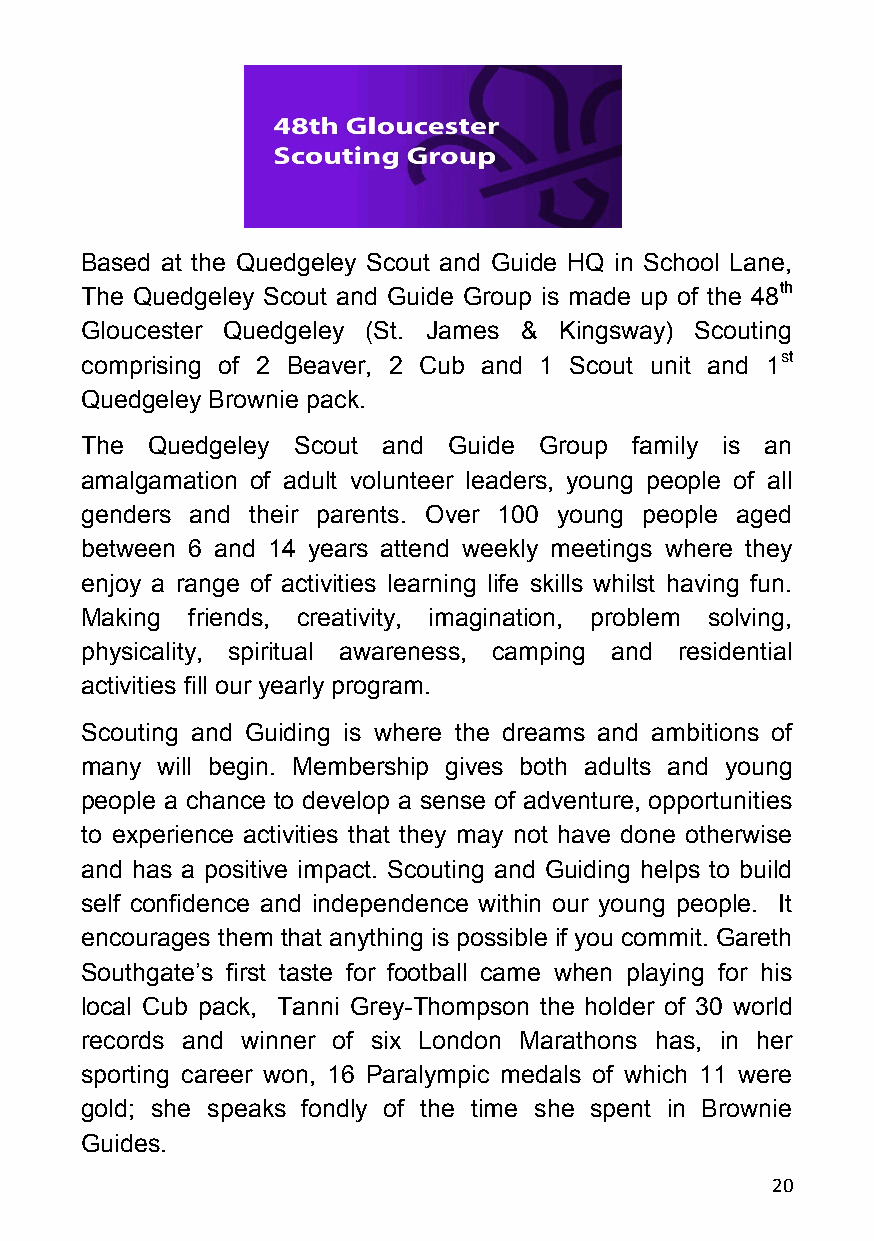
Based at the Quedgeley Scout and Guide HQ in School Lane,
 The Quedgeley Scout and Guide Group is made up of the 48th
 Gloucester Quedgeley (St. James & Kingsway) Scouting
 comprising of 2 Beaver, 2 Cub and 1 Scout unit and 1st
 Quedgeley Brownie pack.
 The  Quedgeley Scout and Guide Group family is an
 amalgamation of adult volunteer leaders, young people of all
 genders and their parents. Over 100 young people aged
 between 6 and 14 years attend weekly meetings where they
 enjoy a range of activities learning life skills whilst having fun.
 Making friends, creativity, imagination, problem solving,
 physicality, spiritual awareness, camping and residential
 activities fill our yearly program.
 Scouting and Guiding is where the dreams and ambitions of
 many will begin. Membership gives both adults and young
 people a chance to develop a sense of adventure, opportunities
 to experience activities that they may not have done otherwise
 and has a positive impact. Scouting and Guiding helps to build
 self confidence and independence within our young people. It
 encourages them that anything is possible if you commit. Gareth
 Southgate’s first taste for football came when playing for his
 local Cub pack, Tanni Grey-Thompson the holder of 30 world
 records and winner of six London Marathons has, in her
 sporting career won, 16 Paralympic medals of which 11 were
 gold; she speaks fondly of the time she spent in Brownie
 Guides.
 20